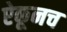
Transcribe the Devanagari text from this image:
ऐकूनच